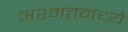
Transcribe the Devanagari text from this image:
अश्मंतमध्ये